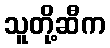
သူတို့ဆီက